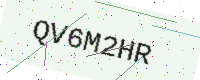
Text: QV6M2HR